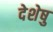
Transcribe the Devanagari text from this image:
देशेषु